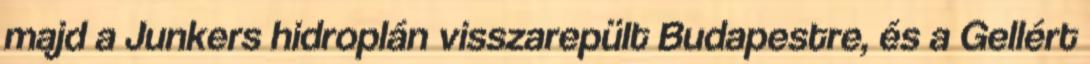
majd a Junkers hidroplán visszarepült Budapestre, és a Gellért